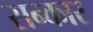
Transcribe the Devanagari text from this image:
सन्कार